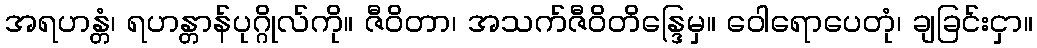
အရဟန္တံ၊ ရဟန္တာန်ပုဂ္ဂိုလ်ကို။ ဇီဝိတာ၊ အသက်ဇီဝိတိန္ဒြေမှ။ ဝေါရောပေတုံ၊ ချခြင်းငှာ။